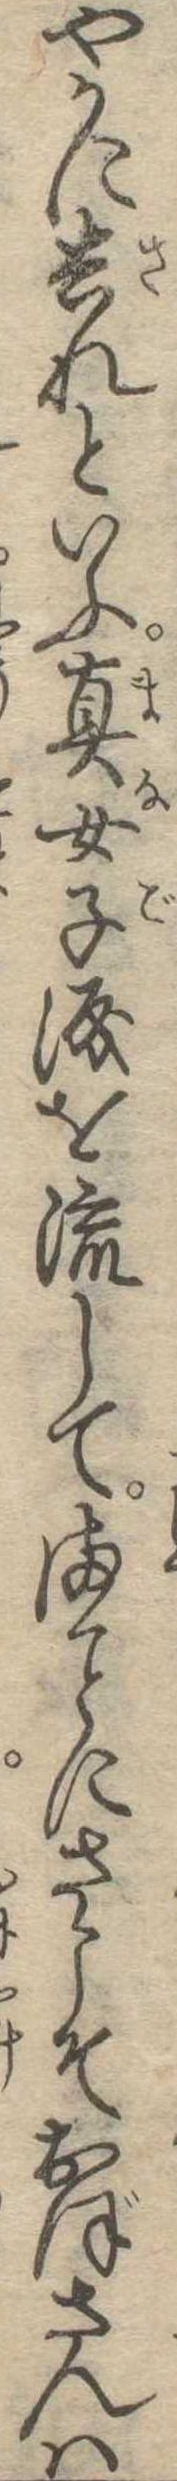
やかに去れといふ真女子涙を流してまにさこそおぼさんは